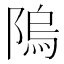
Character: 隖